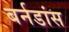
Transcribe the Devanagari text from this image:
बर्नडांस